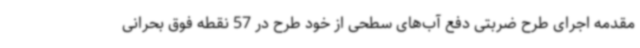
مقدمه اجرای طرح ضربتی دفع آب‌های سطحی از خود طرح در 57 نقطه فوق بحرانی